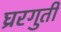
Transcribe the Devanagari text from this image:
घ्ररगुती